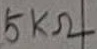
Text: 5KΩ